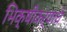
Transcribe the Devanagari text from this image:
भिक्षीकऱ्याचे